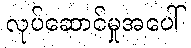
လုပ်ဆောင်မှုအပေါ်